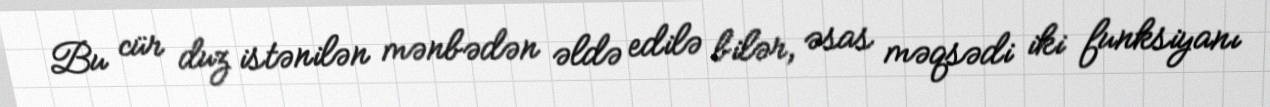
Bu cür duz istənilən mənbədən əldə edilə bilər, əsas məqsədi iki funksiyanı